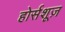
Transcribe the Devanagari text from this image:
होर्सशूज़